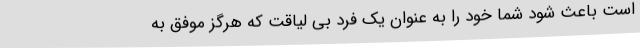
است باعث شود شما خود را به عنوان یک فرد بی لیاقت که هرگز موفق به